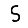
Digit: 5